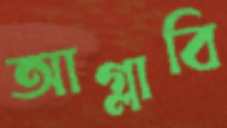
আগ্‌লাবি